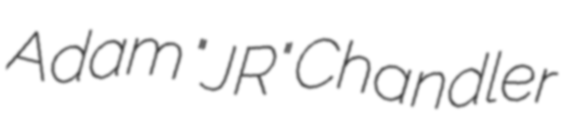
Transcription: Adam "JR" Chandler